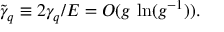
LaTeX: \tilde { \gamma } _ { q } \equiv 2 \gamma _ { q } / E = O ( g \, \ln ( g ^ { - 1 } ) ) .